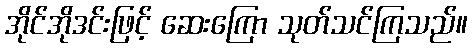
အိုင်အိုဒင်းဖြင့် ဆေးကြော သုတ်သင်ကြသည်။